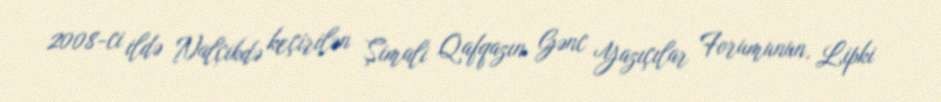
2008-ci ildə Nalçikdə keçirilən Şimali Qafqazın Gənc Yazıçılar Forumunun, Lipki